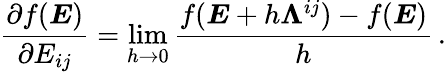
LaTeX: \frac{\partial f(\boldsymbol{E})}{\partial E_{ij}}=\operatorname*{lim}_{h\to 0}\frac{f(\boldsymbol{E}+h\boldsymbol{\Lambda}^{ij})-f(\boldsymbol{E})}{h}\, .